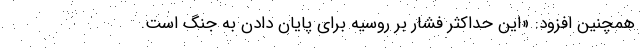
همچنین افزود: «این حداکثر فشار بر روسیه برای پایان دادن به جنگ است.